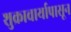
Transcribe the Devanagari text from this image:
शुक्राचार्यापासून